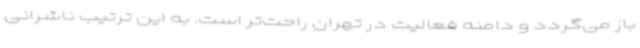
باز می‌گردد و دامنه فعالیت در تهران راحت‌تر است. به این ترتیب ناشرانی